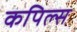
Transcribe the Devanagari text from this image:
कपिल्स